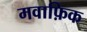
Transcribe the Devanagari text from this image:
मवाफ़िक